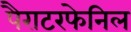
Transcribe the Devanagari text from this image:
पैराटरफेनिल